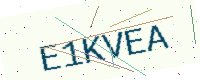
Text: E1KVEA